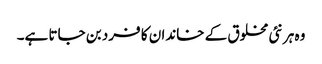
وہ ہر نئی مخلوق کے خاندان کا فرد بن جاتا ہے۔